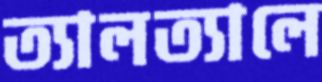
ত্যালত্যালে